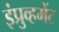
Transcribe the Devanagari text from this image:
इंप्रुव्हमेंट